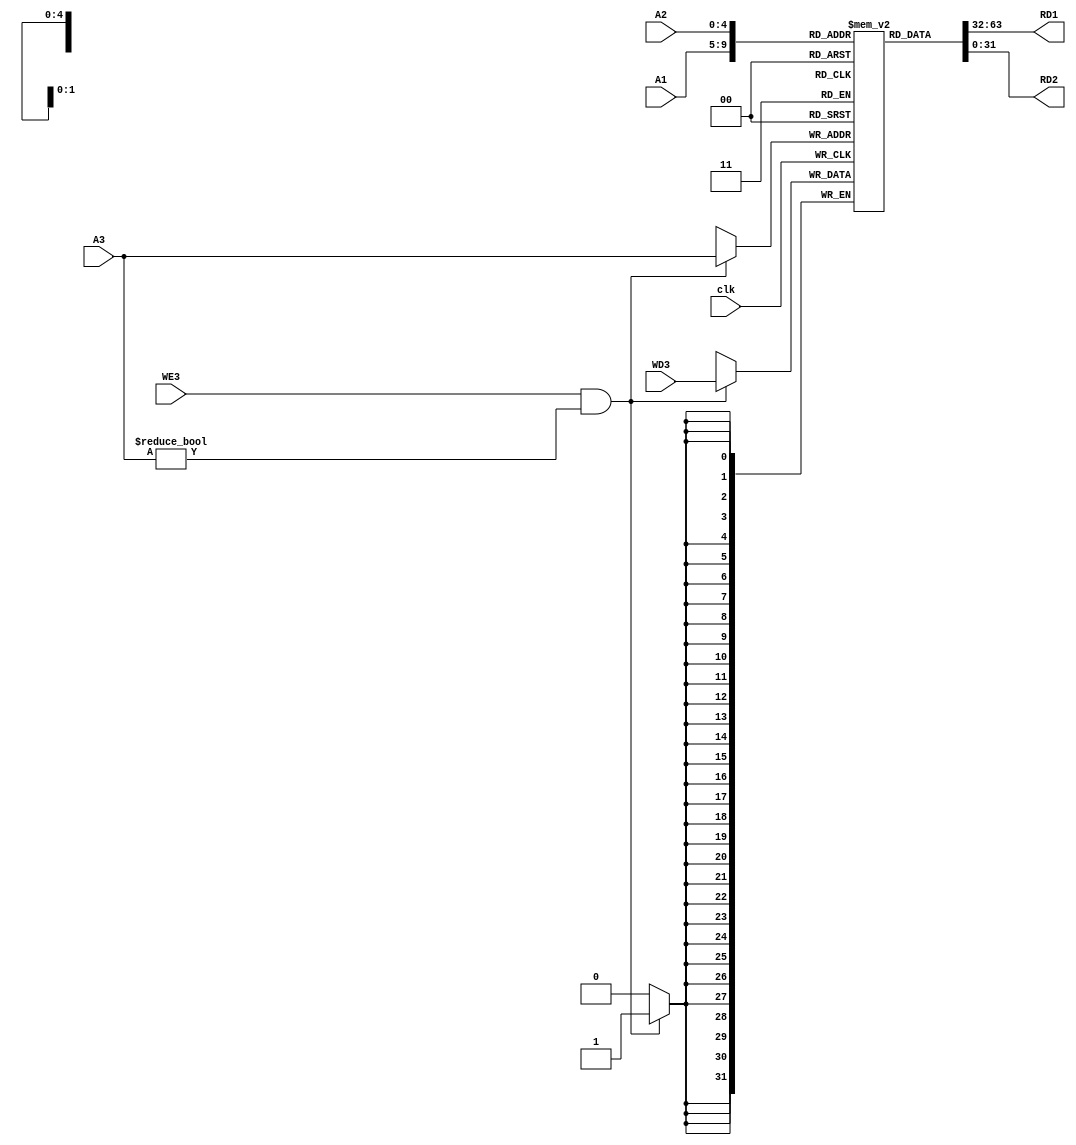
`timescale 1ns / 1ps
// register_file.v
// Register file
//          Juliana Pineda


module register_file(
    input clk,
    input [4:0] A1,
    input [4:0] A2,
    input [4:0] A3,
    input WE3,
    input [31:0] WD3,

    output [31:0] RD1,
    output [31:0] RD2
);

    // Registers
    reg [31:0] register [0:31];

    // Read data from register bank
    assign RD1 = register[A1];
    assign RD2 = register[A2];

    always @ (posedge clk)
    if (WE3 && A3 != 0)
        register[A3] <= WD3;
    
    initial begin
        register[0] = 32'h00000000;
    end

endmodule